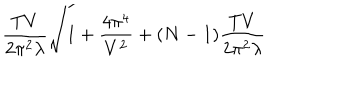
LaTeX: \frac { T V } { 2 \pi ^ { 2 } \lambda } \sqrt { 1 + \frac { 4 \pi ^ { 4 } } { V ^ { 2 } } } + ( N - 1 ) \frac { T V } { 2 \pi ^ { 2 } \lambda }